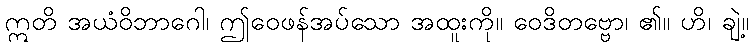
ဣတိ အယံဝိဘာဂေါ၊ ဤဝေဖန်အပ်သော အထူးကို။ ဝေဒိတဗ္ဗော၊ ၏။ ဟိ၊ ချဲ့။